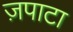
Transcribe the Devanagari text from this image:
ज़पाटा